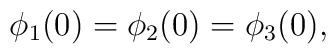
\phi_1(0) = \phi_2(0) = \phi_3(0) ,